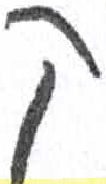
אות: ק